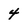
Character: 4